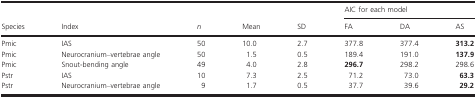
<table><thead><tr><td></td><td></td><td></td><td></td><td></td><td colspan="3"><b>AIC for each model</b></td></tr><tr><td><b>Species</b></td><td><b>Index</b></td><td><b><i>n</i></b></td><td><b>Mean</b></td><td><b>SD</b></td><td><b>FA</b></td><td><b>DA</b></td><td><b>AS</b></td></tr></thead><tbody><tr><td>Pmic</td><td>IAS</td><td>50</td><td>10.0</td><td>2.7</td><td>377.8</td><td>377.4</td><td><b>313.2</b></td></tr><tr><td>Pmic</td><td>Neurocranium–vertebrae angle</td><td>50</td><td>1.5</td><td>0.5</td><td>189.4</td><td>191.0</td><td><b>137.9</b></td></tr><tr><td>Pmic</td><td>Snout-bending angle</td><td>49</td><td>4.0</td><td>2.8</td><td><b>296.7</b></td><td>298.2</td><td>298.6</td></tr><tr><td>Pstr</td><td>IAS</td><td>10</td><td>7.3</td><td>2.5</td><td>71.2</td><td>73.0</td><td><b>63.3</b></td></tr><tr><td>Pstr</td><td>Neurocranium–vertebrae angle</td><td>9</td><td>1.7</td><td>0.5</td><td>37.7</td><td>39.6</td><td><b>29.2</b></td></tr></tbody></table>